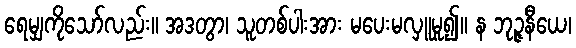
ရေမျှကိုသော်လည်း။ အဒတွာ၊ သူတစ်ပါးအား မပေးမလှူမူ၍။ န ဘုဉ္ဇနီယေ၊